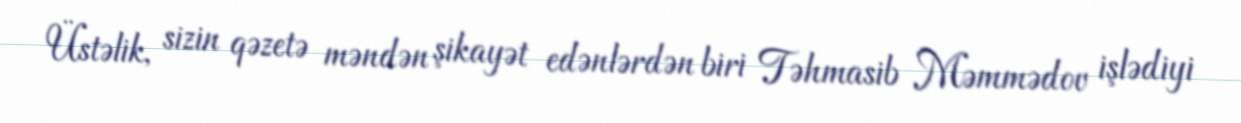
Üstəlik, sizin qəzetə məndən şikayət edənlərdən biri Təhmasib Məmmədov işlədiyi